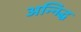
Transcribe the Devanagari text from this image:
अन्निद्ध